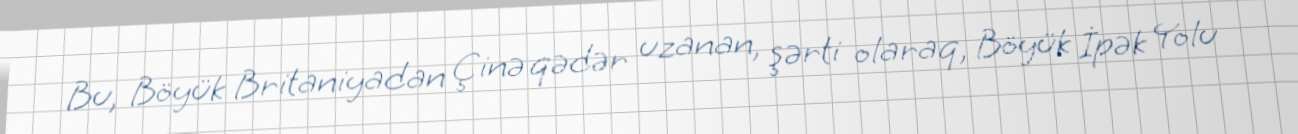
Bu, Böyük Britaniyadan Çinə qədər uzanan, şərti olaraq, Böyük İpək Yolu